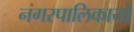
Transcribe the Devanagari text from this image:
नगरपालिकायों